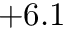
+ 6 . 1